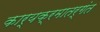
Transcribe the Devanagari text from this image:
कार्यक्रमातर्गंत